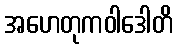
အဟေတုကဝါဒေါတိ